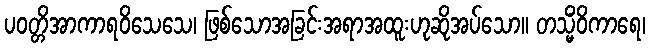
ပဝတ္တိအာကာရဝိသေသေ၊ ဖြစ်သောအခြင်းအရာအထူးဟုဆိုအပ်သော။ တသ္မိံဝိကာရေ၊